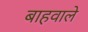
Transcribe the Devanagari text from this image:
बाहवाले